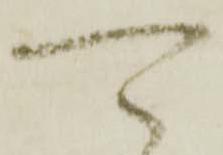
可